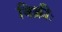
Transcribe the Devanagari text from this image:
विक्रीः